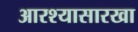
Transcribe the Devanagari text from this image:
आरश्यासारखा